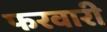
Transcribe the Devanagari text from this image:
फरवारी